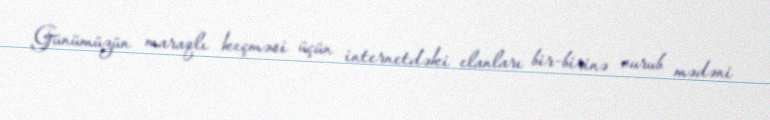
Günümüzün maraqlı keçməsi üçün internetdəki elanları bir-birinə vurub mədəni